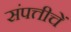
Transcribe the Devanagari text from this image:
संपत्तीचें